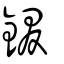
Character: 錣